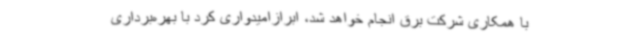
با همکاری شرکت برق انجام خواهد شد، ابرازامیدواری کرد با بهره‌برداری